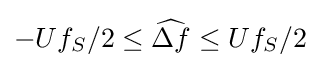
-Uf_{S}/2\leq {\widehat {\Delta f}}\leq Uf_{S}/2